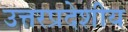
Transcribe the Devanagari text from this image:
उत्तरप्रदेशीय